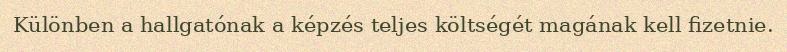
Különben a hallgatónak a képzés teljes költségét magának kell fizetnie.